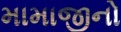
મામાજીનો